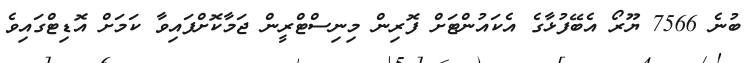
ބުނެ 7566 ޔޫރޯ އެބޭފުޅާގެ އެކައުންޓަށް ފޮރިން މިނިސްޓްރީން ޖަމާކޮށްފައިވާ ކަމަށް އޮޑިޓްގައިވެ